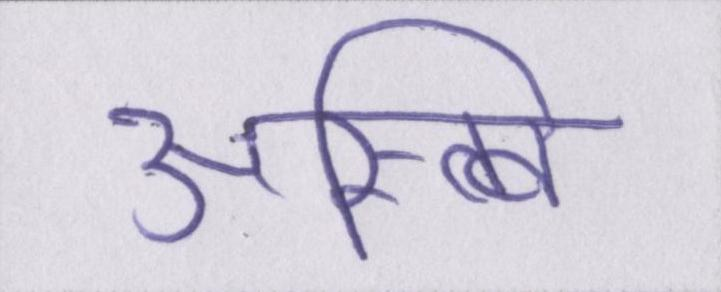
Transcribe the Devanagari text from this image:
अस्त्वि